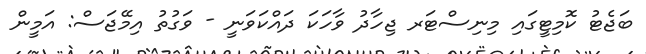
ބަޖެޓު ކޮމިޓީގައި މިނިސްޓަރ ޖިހާދު ވާހަކަ ދައްކަވަނީ - ވަގުތު އިމޭޖަސް: އަމީން